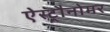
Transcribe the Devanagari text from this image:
ऐस्ट्रौनोमर